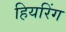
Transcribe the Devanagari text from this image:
हियरिंग